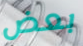
بعض